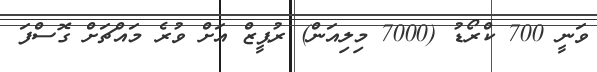
ވަނީ 700 ކްރޯޑު (7000 މިލިއަން) ރުޕީޒް އަށް ވުރެ މައްޗަށް ގޮސްފަ